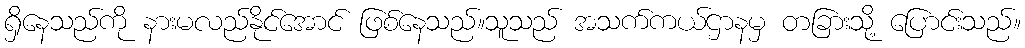
ရှိနေသည်ကို နားမလည်နိုင်အောင် ဖြစ်နေသည်။သူသည် အသက်ကယ်ဌာနမှ တခြားသို့ ပြောင်းသည်။